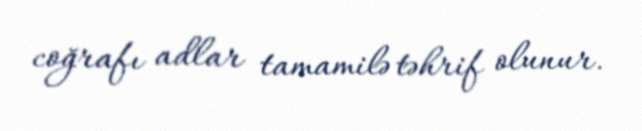
coğrafı adlar tamamilə təhrif olunur.